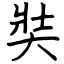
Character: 奘